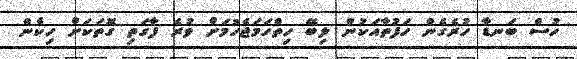
ހުސް ބަނޑާ ހުރެގެން ހަފުތާއަކުން ލިބޭ ހިތްހަމަޖެހުމަށް ވުރެ ފާގަތި ގޮތަކަށް ހިކެން